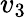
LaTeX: v_{3}